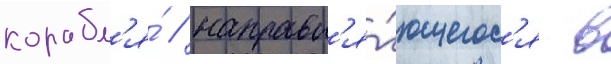
корабл'я́ / направл'я́ющегос'я в